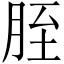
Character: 胵